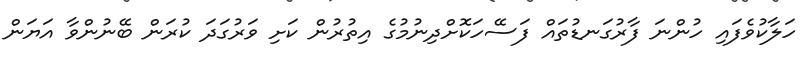
ހަލާކުވެފައި ހުންނަ ފާރުގަނޑުތައް ފަސޭހަކޮށްދިނުމުގެ އިތުރުން ކަށި ވަރުގަދަ ކުރަން ބޭނުންވާ އަޔަން